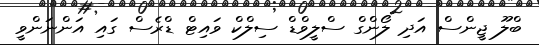
ބްލޫ ޖީންސް އަދި ލޯންގް ސްލީވްޑް ސިލްކް ވައިޓް ޑްރެސް ގައި އަންނަންވީ